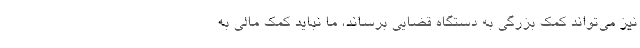
نیز می‌تواند کمک بزرگی به دستگاه قضایی برساند، ما نباید کمک مالی به